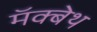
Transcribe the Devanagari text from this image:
मॅक्बेथ